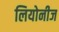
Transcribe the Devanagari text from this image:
लियोनीज